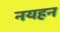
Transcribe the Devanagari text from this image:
नयहन